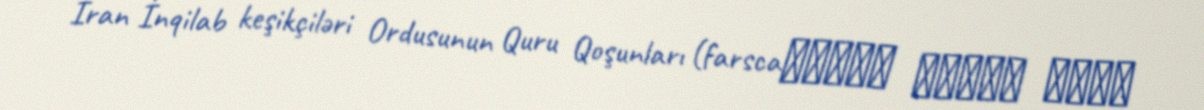
İran İnqilab keşikçiləri Ordusunun Quru Qoşunları (farscaنیروی زمینی سپاه